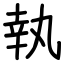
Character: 執